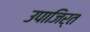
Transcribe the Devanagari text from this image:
उपाजिर्त